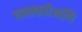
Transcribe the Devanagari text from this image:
वनस्पतीआणि